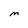
Character: M